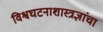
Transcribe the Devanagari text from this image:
विश्वघटनाशास्त्रज्ञांचा